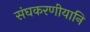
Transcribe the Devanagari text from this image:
संघकरणीयानि